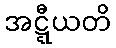
အဋ္ဋီယတိ